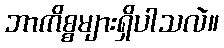
ဘာကိစ္စများရှိပါသလဲ။